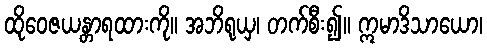
ထိုဝေဇယန္တာရထားကို။ အဘိရုယှ၊ တက်စီး၍။ ဣမာဒိသာယော၊